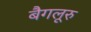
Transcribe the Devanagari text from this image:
बैगलूरु